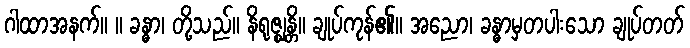
ဂါထာအနက်။ ။ ခန္ဓာ၊ တို့သည်။ နိရုဇ္ဈန္တိ။ ချုပ်ကုန်၏။ အညော၊ ခန္ဓာမှတပါးသော ချုပ်တတ်